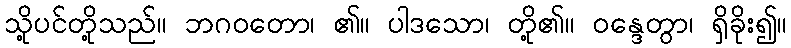
သို့ပင်တို့သည်။ ဘဂဝတော၊ ၏။ ပါဒသော၊ တို့၏။ ဝန္ဒေတွာ၊ ရှိခိုး၍။